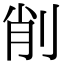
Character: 削